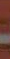
-